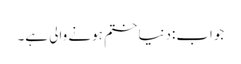
جواب:دنیا ختم ہونے والی ہے۔